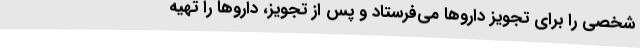
شخصی را برای تجویز داروها می‌فرستاد و پس از تجویز، داروها را تهیه